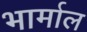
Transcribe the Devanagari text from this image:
भार्माल